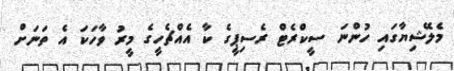
މެލޭޝިޔާގައި ހުންނަ ސީކްރެޓް ރެސިޕީގެ ކާ އެއްޗެހީގެ މީރު ވާހަކަ އެ ތަނަށް